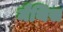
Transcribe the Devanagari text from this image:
मैथिस